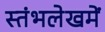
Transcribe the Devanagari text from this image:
स्‍तंभलेखमें